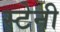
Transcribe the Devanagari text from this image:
स्टेनी